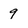
Character: 9